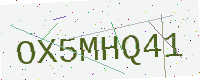
Text: OX5MHQ41